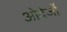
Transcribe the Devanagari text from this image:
ओदेर्जो